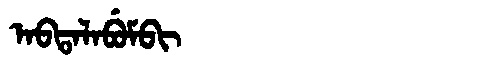
Manchu: ᠠᠪᡨᠠᠯᠠᠪᡠᠮᠪᡳ
Romanization: ABTALABUMBI